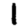
Digit: 1